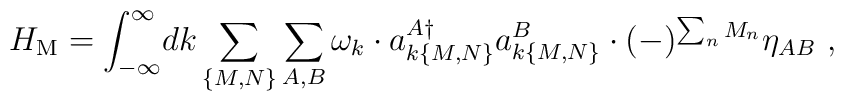
H_{\rm M}=\int_{-\infty}^\infty\!dk \sum_{\{M,N\}}\sum_{A,B}\omega_k\cdot a_{k\{M,N\}}^{A\dagger}a_{k\{M,N\}}^B\cdot (-)^{\sum_n M_n}\eta_{AB}\ ,